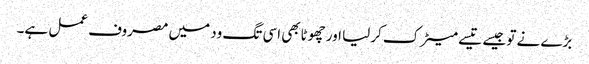
بڑے نے تو جیسے تیسے میٹرک کرلیا اور چھوٹابھی اسی تگ ود میں مصروف عمل ہے۔